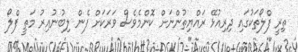
ތިރީ ފްލޯތަކުގައި ދިރިއުޅޭ ރައްޔިތުންނަށް ކޮންމެވެސް ވަރަކަށް ފެން ލިބުނުއިރު މަތީ ފްލޯ